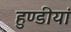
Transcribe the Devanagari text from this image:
हुण्डीयां